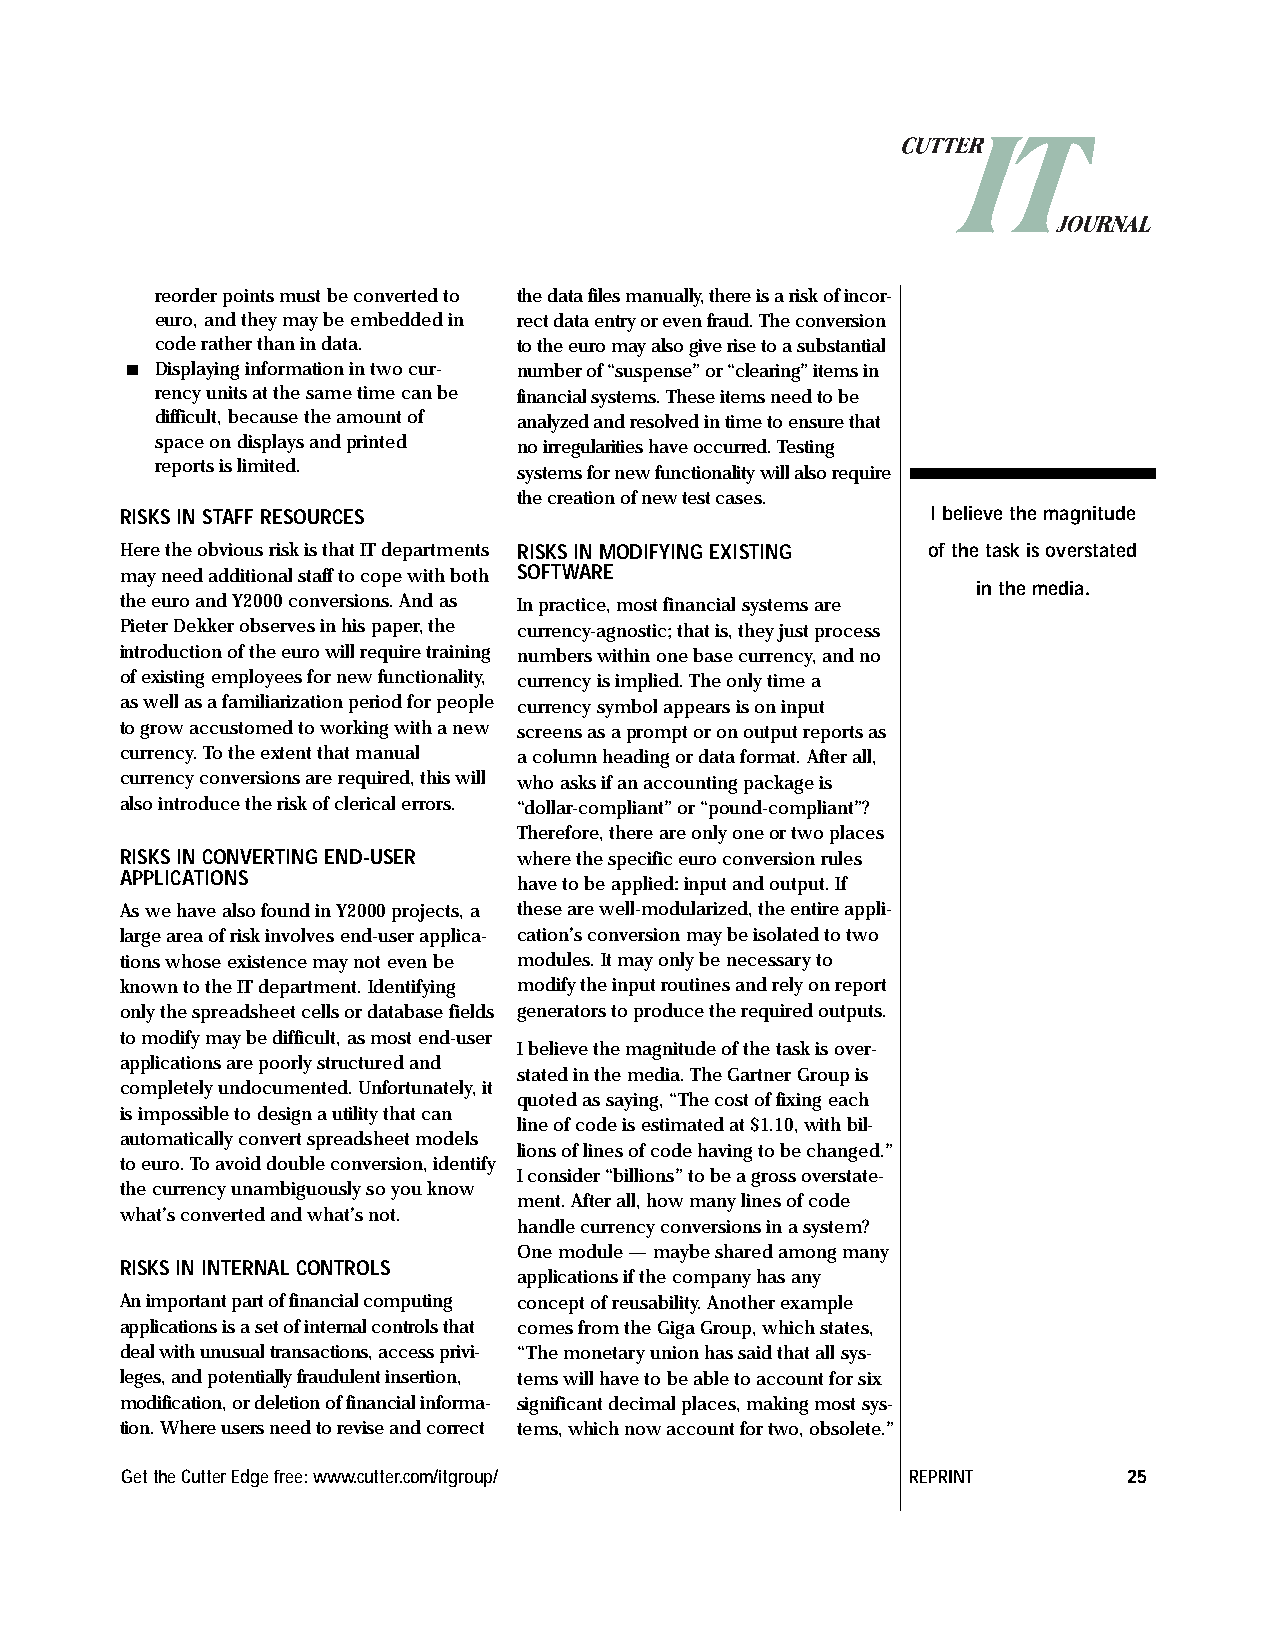
reorder points must be converted to the data files manually, there is a risk of incor-
 euro, and they may be embedded in rect data entry or even fraud. The conversion
 code rather than in data. to the euro may also give rise to a substantial
 n Displaying information in two cur- number of “suspense” or “clearing” items in
 rency units at the same time can be financial systems. These items need to be
 difficult, because the amount of analyzed and resolved in time to ensure that
 space on displays and printed no irregularities have occurred. Testing
 reports is limited.
 systems for new functionality will also require
 the creation of new test cases.
 RISKS IN STAFF RESOURCES                              I believe the magnitude
 Here the obvious risk is that IT departments RISKS IN MODIFYING EXISTING of the task is overstated
 may need additional staff to cope with both SOFTWARE
 in the media.
 the euro and Y2000 conversions. And as In practice, most financial systems are
 Pieter Dekker observes in his paper, the currency-agnostic; that is, they just process
 introduction of the euro will require training numbers within one base currency, and no
 of existing employees for new functionality, currency is implied. The only time a
 as well as a familiarization period for people currency symbol appears is on input
 to grow accustomed to working with a new screens as a prompt or on output reports as
 currency. To the extent that manual a column heading or data format. After all,
 currency conversions are required, this will who asks if an accounting package is
 also introduce the risk of clerical errors. “dollar-compliant” or “pound-compliant”?
 Therefore, there are only one or two places
 RISKS IN CONVERTING END-USER where the specific euro conversion rules
 APPLICATIONS
 have to be applied: input and output. If
 As we have also found in Y2000 projects, a these are well-modularized, the entire appli-
 large area of risk involves end-user applica- cation’s conversion may be isolated to two
 tions whose existence may not even be modules. It may only be necessary to
 known to the IT department. Identifying modify the input routines and rely on report
 only the spreadsheet cells or database fields generators to produce the required outputs.
 to modify may be difficult, as most end-user
 I believe the magnitude of the task is over-
 applications are poorly structured and
 stated in the media. The Gartner Group is
 completely undocumented. Unfortunately, it
 quoted as saying, “The cost of fixing each
 is impossible to design a utility that can
 line of code is estimated at $1.10, with bil-
 automatically convert spreadsheet models
 lions of lines of code having to be changed.”
 to euro. To avoid double conversion, identify
 I consider “billions” to be a gross overstate-
 the currency unambiguously so you know
 ment. After all, how many lines of code
 what’s converted and what’s not.
 handle currency conversions in a system?
 One module — maybe shared among many
 RISKS IN INTERNAL CONTROLS
 applications if the company has any
 An important part of financial computing concept of reusability. Another example
 applications is a set of internal controls that comes from the Giga Group, which states,
 deal with unusual transactions, access privi- “The monetary union has said that all sys-
 leges, and potentially fraudulent insertion, tems will have to be able to account for six
 modification, or deletion of financial informa- significant decimal places, making most sys-
 tion. Where users need to revise and correct tems, which now account for two, obsolete.”
 Get the Cutter Edge free: www.cutter.com/itgroup/   REPRINT        25